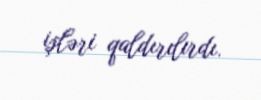
işləri qaldırılırdı.